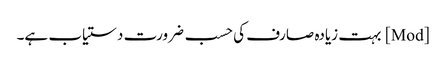
[Mod] بہت زیادہ صارف کی حسب ضرورت دستیاب ہے۔